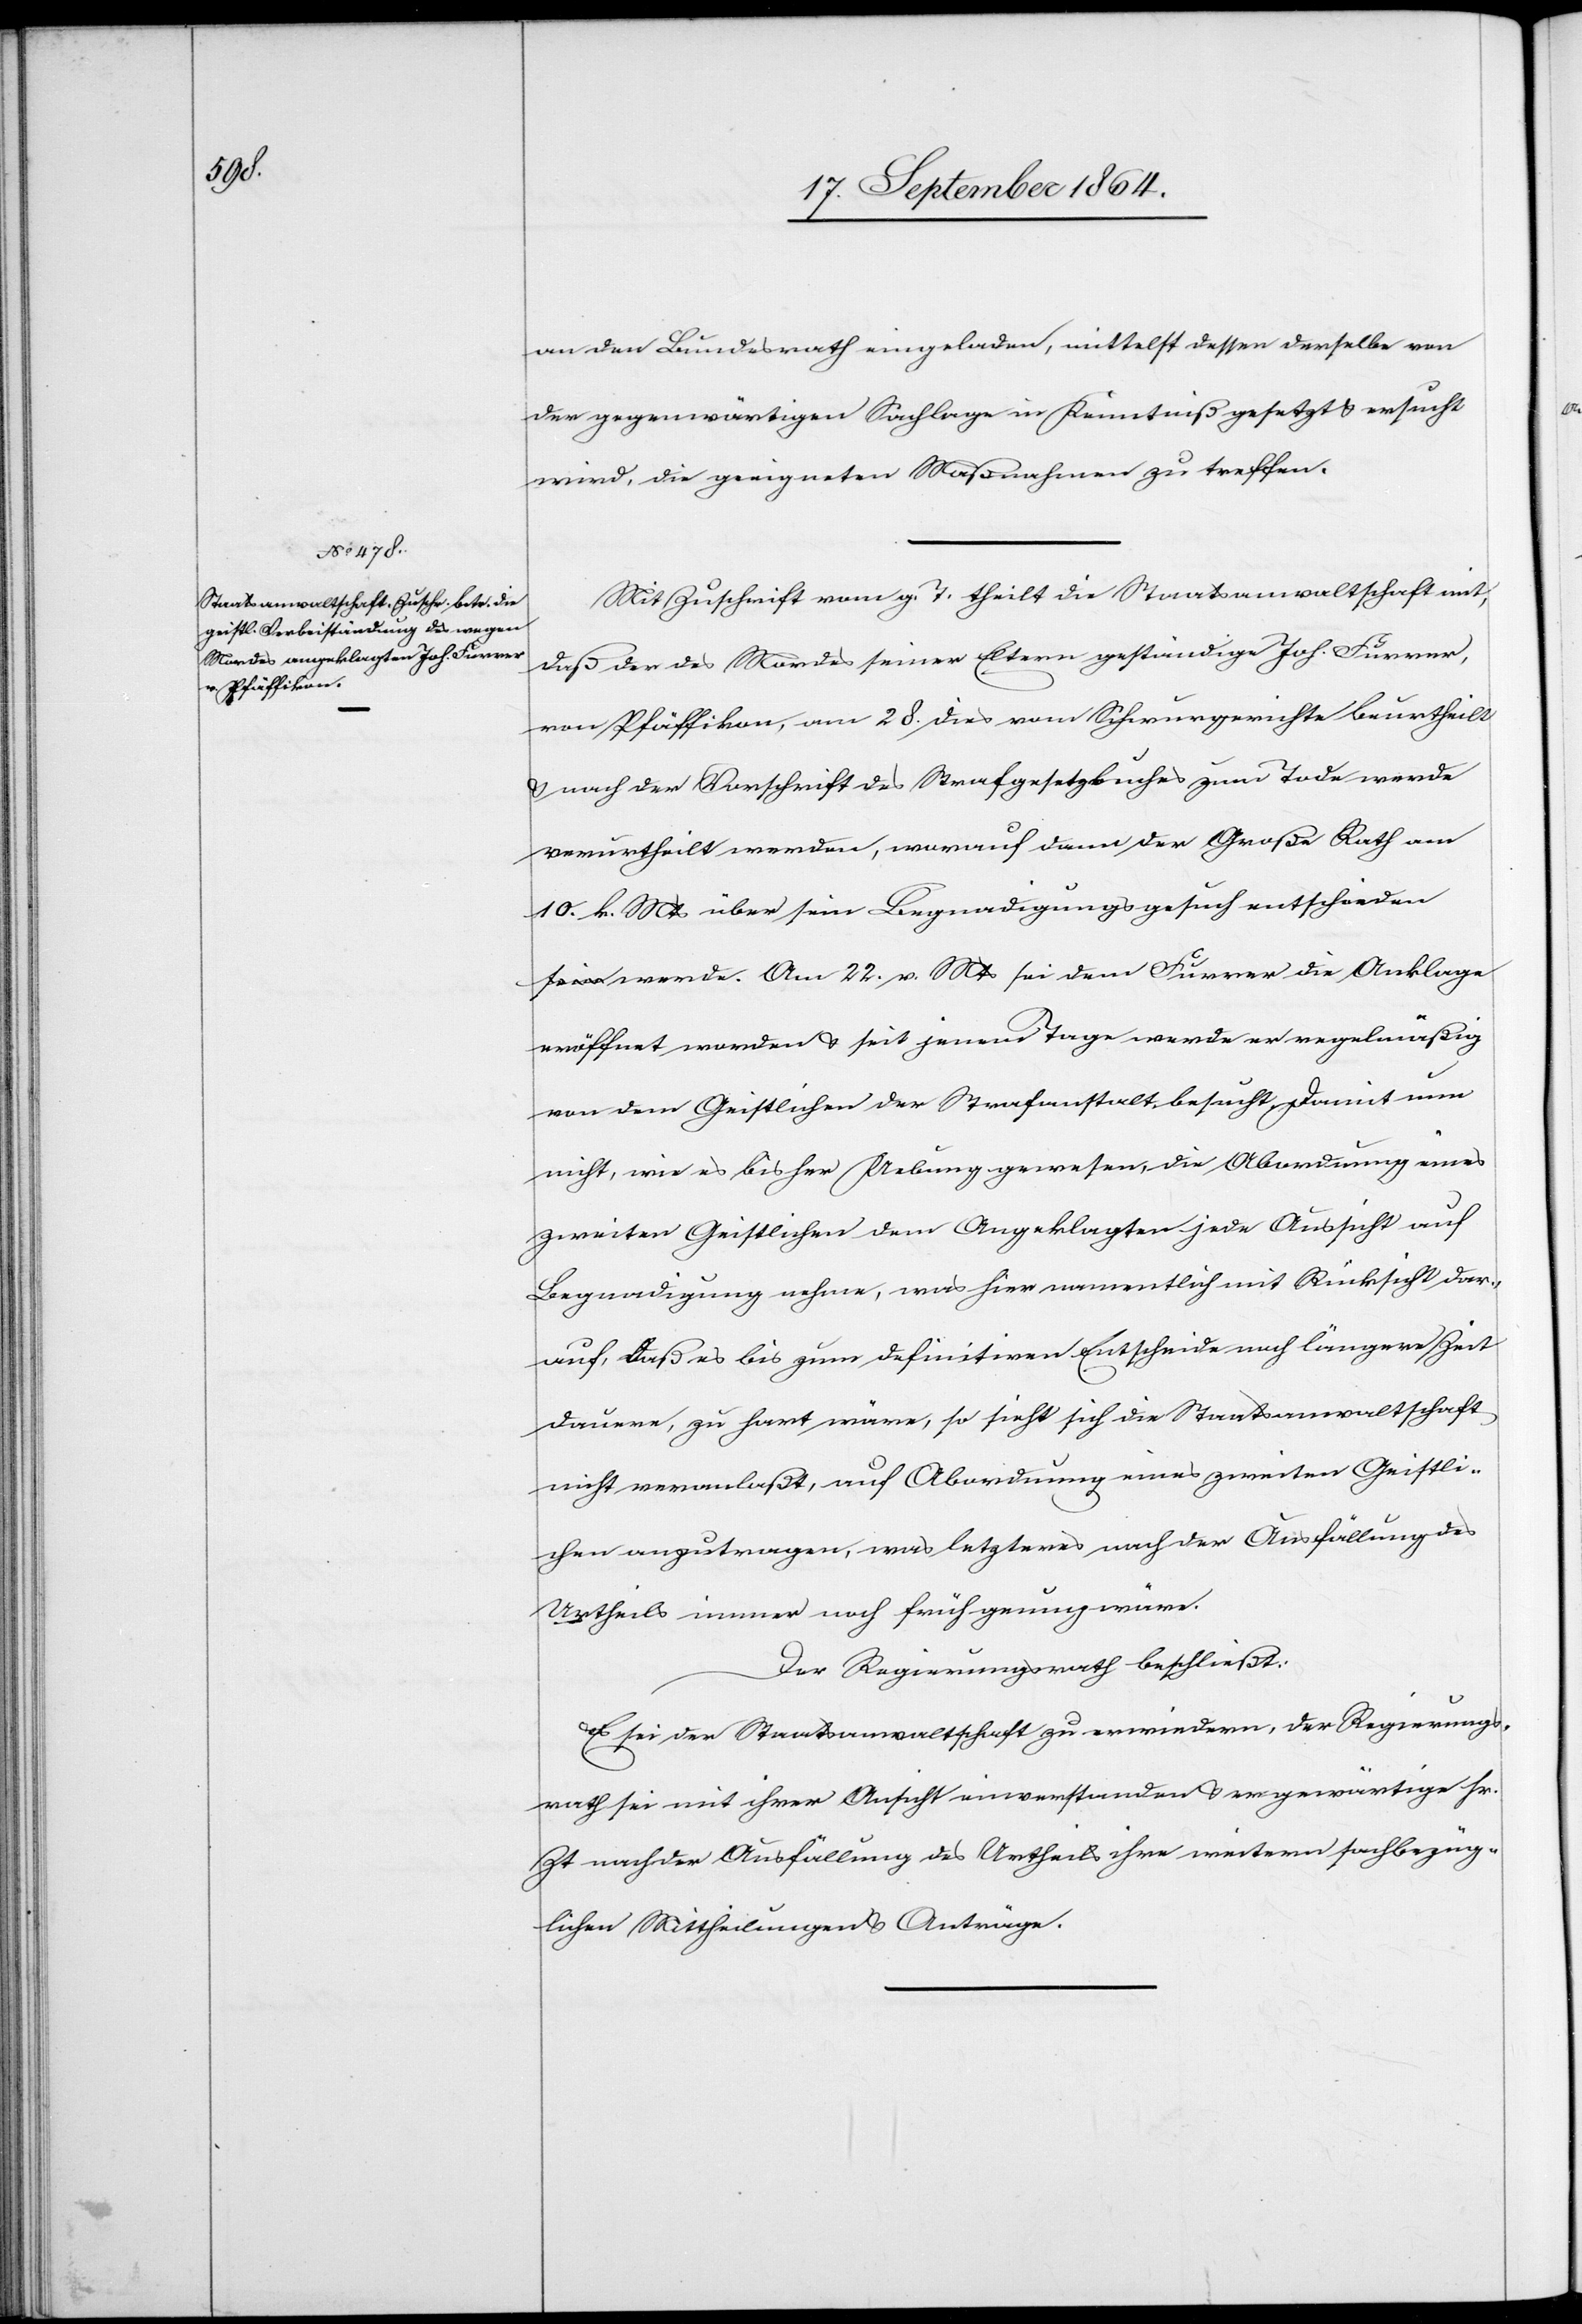
an den Bundesrath eingeladen, mittelst dessen derselbe von
der gegenwärtigen Sachlage in Kenntniß gesetzt & ersucht
wird, die geeigneten Maßnahmen zu treffen.
Mit Zuschrift vom g. T. theilt die Staatsanwaltschaft mit,
daß der des Mordes seiner Eltern geständige Joh. Furrer,
von Pfäffikon, am 28. dies vom Schwurgerichte beurtheilt
& nach der Vorschrift des Strafgesetzbuches zum Tode werde
verurtheilt werden, worauf dann der Große Rath am
10. k. Mts über sein Begnadigungsgesuch entscheiden
sein werde. Am 22. v. Mts sei dem Furrer die Anklage
eröffnet worden & seit jenem Tage werde er regelmäßig
von dem Geistlichen der Strafanstalt besucht. Damit nun
nicht, wie es bisher Uebung gewesen, die Abordnung eines
zweiten Geistlichen dem Angeklagten jede Aussicht auf
Begnadigung nehme, was hier namentlich mit Rücksicht dar¬
auf, daß es bis zum definitiven Entscheide noch längere Zeit
dauere, zu hart wäre, so sieht sich die Staatsanwaltschaft
nicht veranlaßt, auf Abordnung eines zweiten Geistli¬
chen anzutragen, was letzteres nach der Ausfällung des
Urtheils immer noch früh genug wäre.
Der Regierungsrath beschließt:
Es sei der Staatsanwaltschaft zu erwiedern, der Regierungs¬
rath sei mit ihrer Ansicht einverstanden & er gewärtige sr.
Zt nach der Ausfällung des Urtheils ihre weitern sachbezüg¬
lichen Mittheilungen & Anträge.